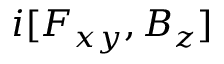
i [ F _ { x y } , B _ { z } ]